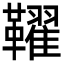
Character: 𩍪